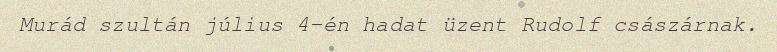
Murád szultán július 4-én hadat üzent Rudolf császárnak.